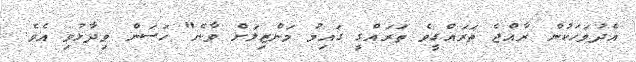
އެދުވަހަކުން ރާއްޖެ ތަރައްގީވެ ތަރައްގީ ގައިމު މަންޒިލަށް ވާނެ" ހަސަން ވިދާޅުވި އެވެ.